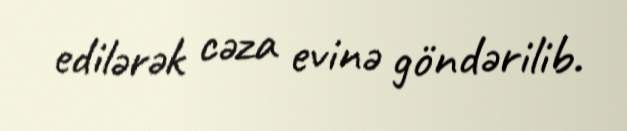
edilərək cəza evinə göndərilib.